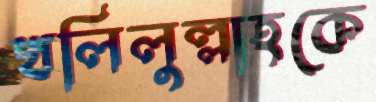
খলিলুল্লাহকে